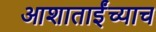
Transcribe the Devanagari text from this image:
आशाताईंच्याच